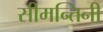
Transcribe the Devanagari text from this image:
सीमन्तिनी